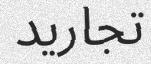
تجاريد